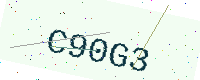
Text: C90G3